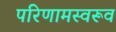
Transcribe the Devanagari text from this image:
परिणामस्वरूव